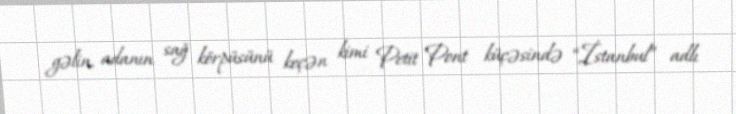
gəlin, adanın sağ körpüsünü keçən kimi Petit Pont küçəsində “İstanbul” adlı